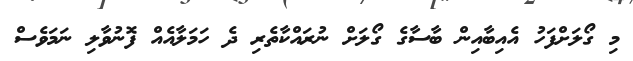
މި ގޯލަށްފަހު އެއިބާއިން ބާސާގެ ގޯލަށް ނުރައްކާތެރި ދެ ހަމަލާއެއް ފޮނުވާލި ނަމަވެސް